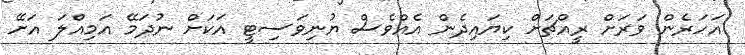
އަހަރެން ވަރަށް ރީއްޗަށް ކިޔައިދެން އެއްވެސް ޔުނިވަސިޓީ އަކަށް ނުދަމޭ އަމިއްލަ އަށޭ